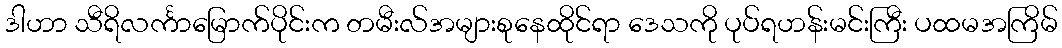
ဒါဟာ သီရိလင်္ကာမြောက်ပိုင်းက တမီးလ်အများစုနေထိုင်ရာ ဒေသကို ပုပ်ရဟန်းမင်းကြီး ပထမအကြိမ်